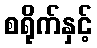
စရိုက်နှင့်